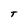
Character: T